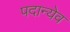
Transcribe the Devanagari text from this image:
पदान्येव